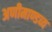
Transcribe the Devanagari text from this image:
अणीमाण्डव्य